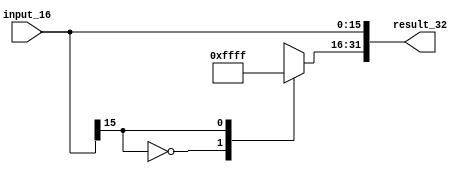
module sign_extend_32(
  input wire [15:0] input_16,
  output reg [31:0] result_32
);

always @(*) begin
  result_32[15:0] <= input_16;
  case (input_16[15]) 
    1'b0: result_32 [31:16] <= '0;
    1'b1: result_32 [31:16] <= '1;
  endcase
end
endmodule